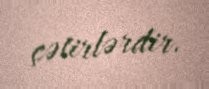
çətirlərdir.